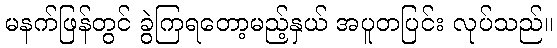
မနက်ဖြန်တွင် ခွဲကြရတော့မည့်နှယ် အပူတပြင်း လုပ်သည်။